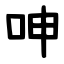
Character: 呻